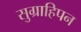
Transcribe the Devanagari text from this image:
सुग्राहिपन